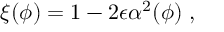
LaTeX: \xi ( \phi ) = 1 - 2 \epsilon \alpha ^ { 2 } ( \phi ) \; ,